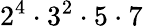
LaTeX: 2^{4}\cdot 3^{2}\cdot 5\cdot 7